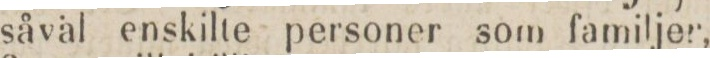
såväl enskilte personer som familjer,